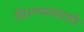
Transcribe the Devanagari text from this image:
चिरण्यासाठी